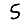
Digit: 5